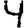
Digit: 4